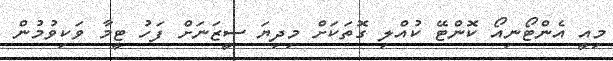
މިއީ އެންޓޯނިއޯ ކޮންޓޭ ކުއްލި ގޮތަކަށް މިދިޔަ ސީޒަނަށް ފަހު ޓީމާ ވަކިވުމުން